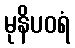
မုနိပဝရံ